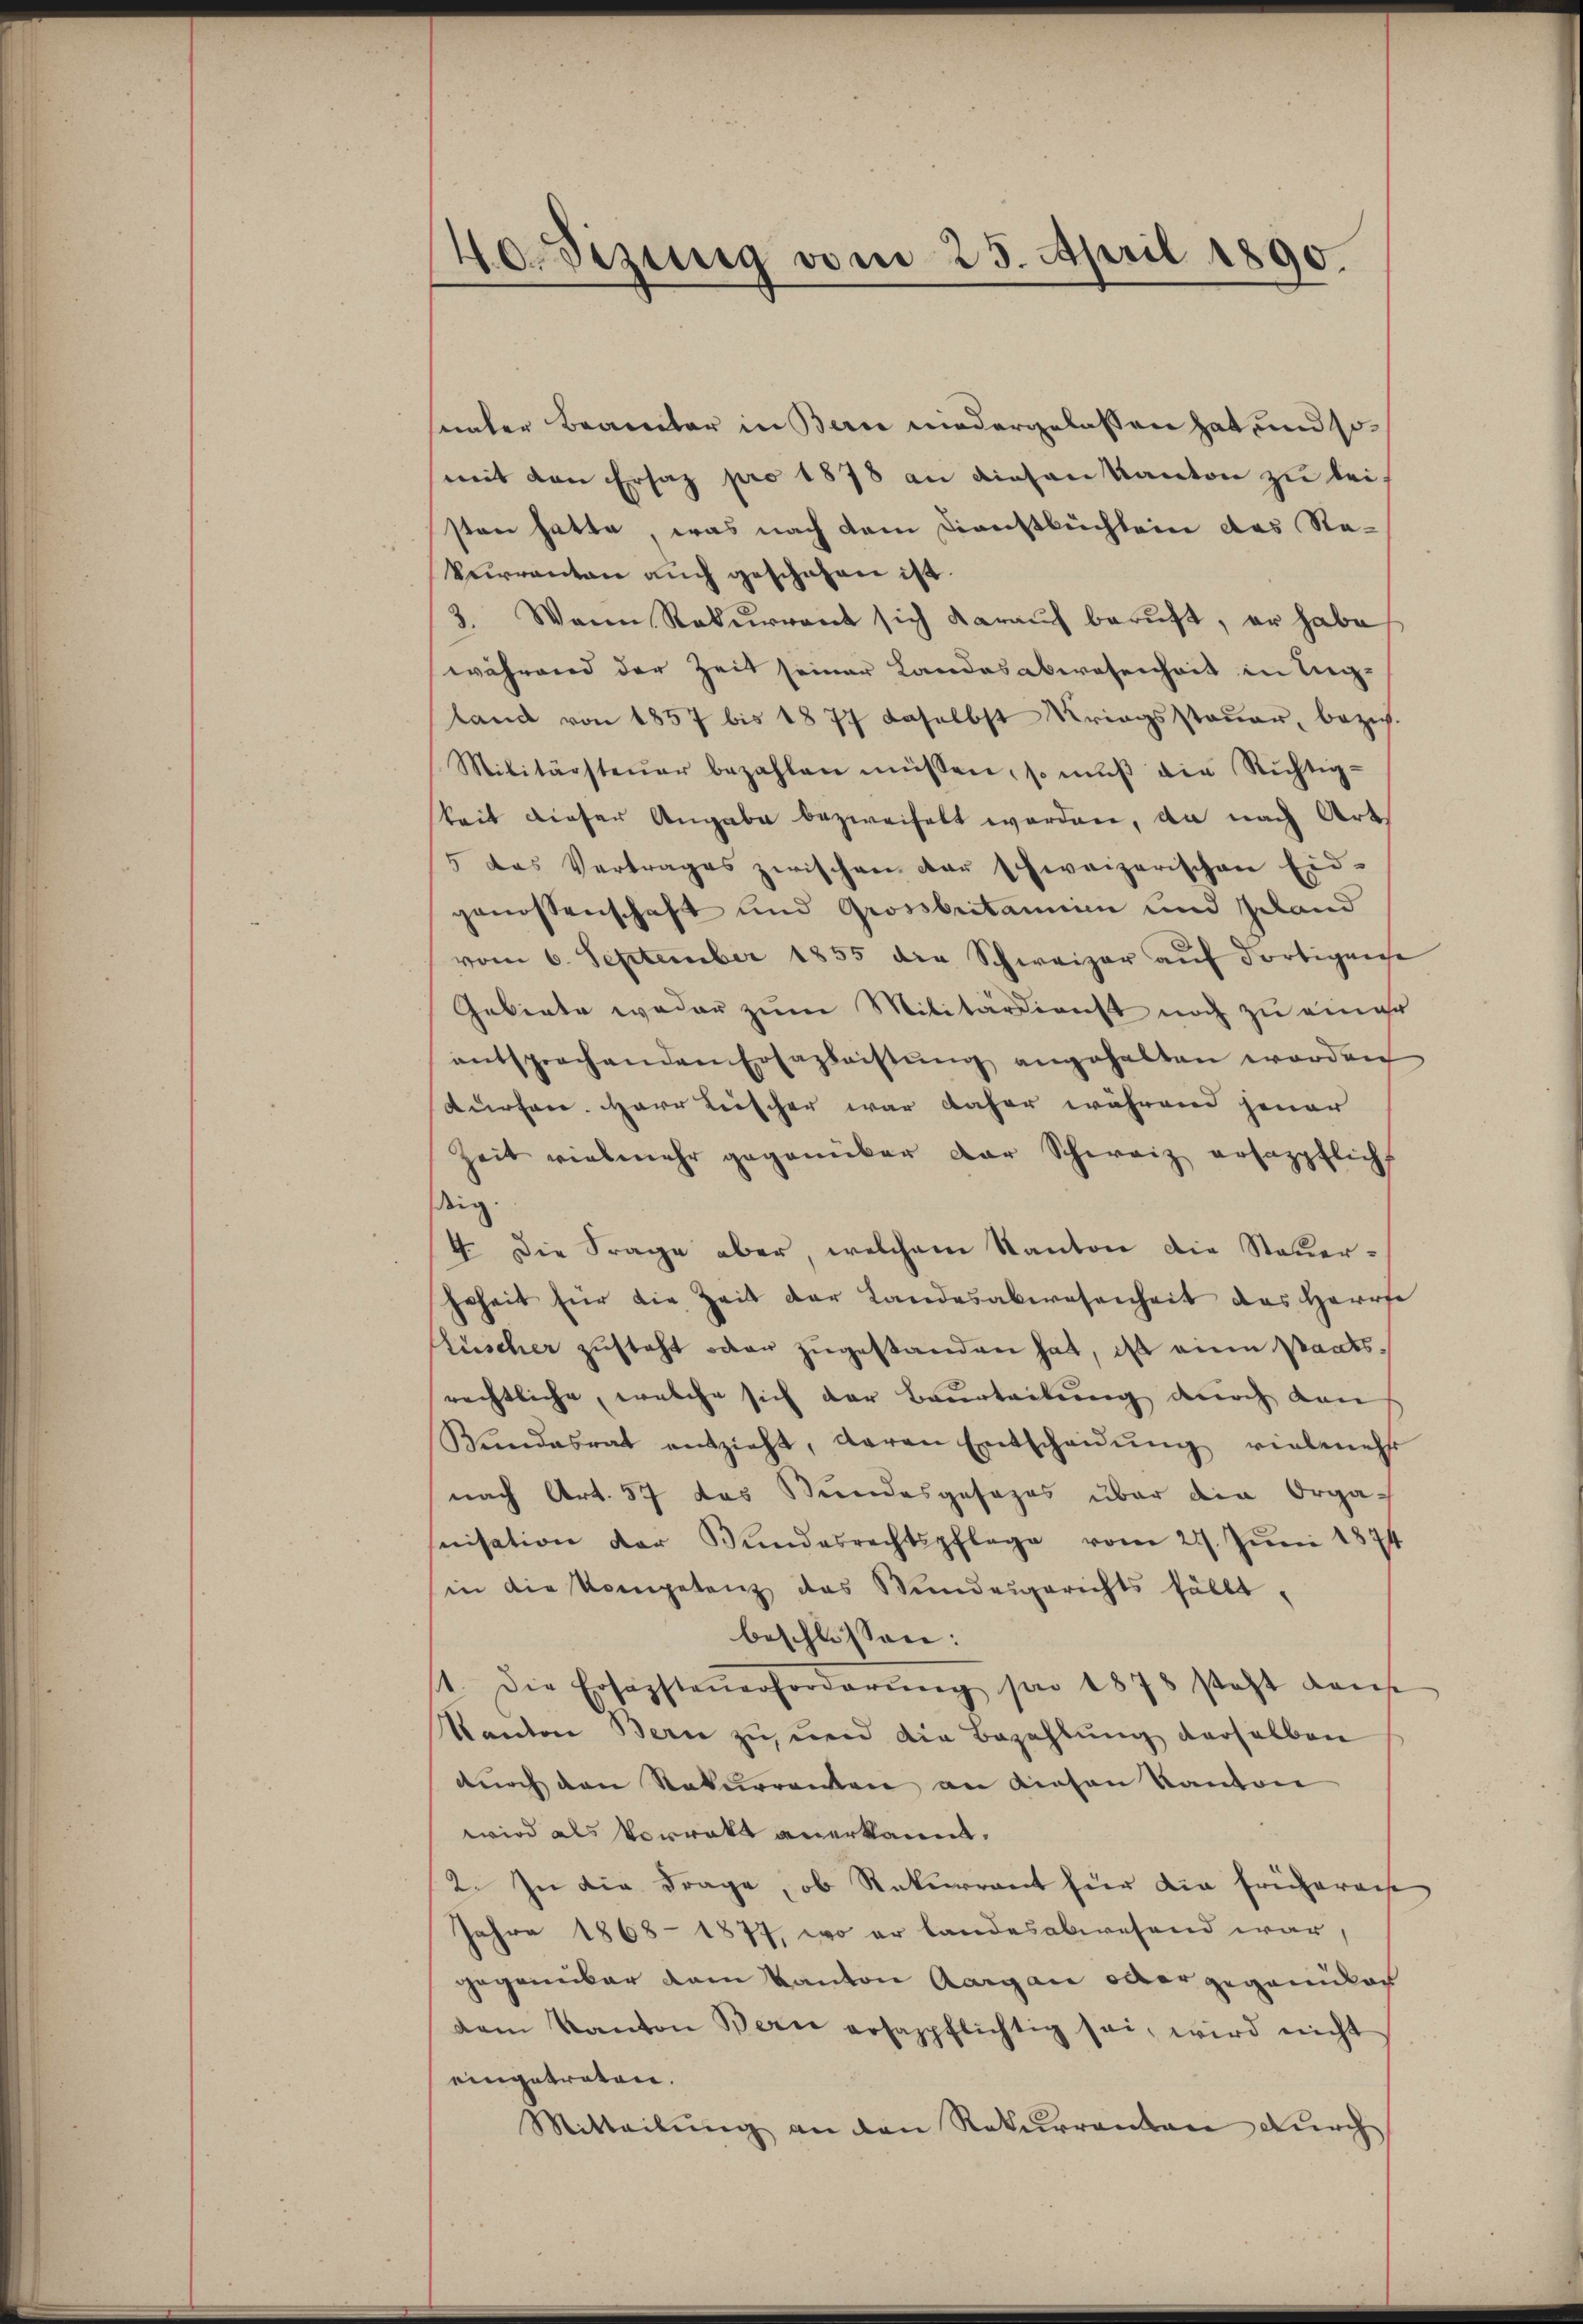
Hodizung vom 25. April 1890.

unter Beamter in Bern niedergelassen hat und somit den Ersatz pro 1878 an diesen Kanton zu leisten hatte, was nach dem Dienstbüchlein das Re¬
Verranton auch geschehen ist.
3. Wann Rekurrent sich daraŭf berŭft, er habe
während der Zeit seiner Landesabwesenheit in Tagland von 1857 bis 1877 daselbst Kriegssteŭer, bezieh-
Militärsteŭer bezahlen müssen, so mŭβ die Richtig-
keit dieser Angabe bezweifelt worden, da nach Art
5 das Vertrages zwischen der schweizerischen Eid-
genossenschaft und Grossbritanien und geland
vom 6. September 1855 die Schweizer auf dortigense
Gebiete weder zum Militärdienst noch zu einer
entsprochenden Erfazleistŭng angehalten worden
kurfare. Herr Leischer war daher während jener
Zeit vielmehr gegenüber der Schweiz ersazpflich
dig.
4. Die Frage aber, welchem Kanton die Steuerhrheit für die Zeit der Landesabwesenheit das Herre
Lüscher zusteht oder zugestanden hat, ist eine Staatsrechtliche, welche sich der Beurteilung durch dan
Bundesrat entzieht, deren Entscheidŭng vielmehr
nach Art. 57 das Stundesgesezes über die Orga-
nisation der Bundesrechtspflege vom 27. Jŭni 1874
in die Kompetenz das Wundesgerichts fällt,
beschlossen:
1. Die Ersazsteŭerforderŭng pro 1878 steht dans
Kanton Bern zu, und die Bezahlung derselben
dŭrch den Naturrenten an diesen Kanton
wird als Vorratt anerkannt.
2. In die Frage, ob Rekurrent für die frühereise
Jahre 1868. 1877, wo er landesabwesend war,
gegenüber dem Kanton Aargau oder gegenüber
dem Kanton Bern erhazpflichtig sei, wird nicht
eingetreten.
Mitteilŭng an den Rekurrenten durch